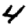
Digit: 4